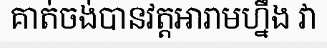
គាត់ចង់បានវត្តអារាមហ្នឹង វា